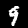
Label: 9